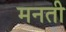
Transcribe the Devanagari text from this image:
मनती